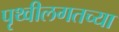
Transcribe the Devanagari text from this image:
पृथ्वीलगतच्या